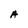
Character: A